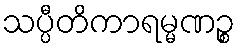
သပ္ပီတိကာရမ္မဏဉ္စ